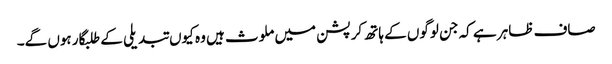
صاف ظاہر ہے کہ جن لوگوں کے ہاتھ کرپشن میں ملوث ہیں وہ کیوں تبدیلی کے طلبگار ہوں گے۔